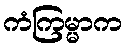
ကံကြမ္မာက